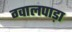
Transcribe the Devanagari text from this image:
ग्वालपाड़ा